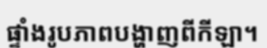
ផ្ទាំងរូបភាពបង្ហាញពីកីឡា។